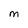
Character: M